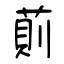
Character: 萴